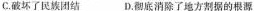
C.破坏了民族团结 D.彻底消除了地方割据的根源